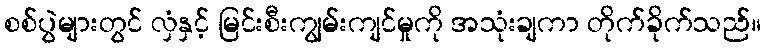
စစ်ပွဲများတွင် လှံနှင့် မြင်းစီးကျွမ်းကျင်မှုကို အသုံးချကာ တိုက်ခိုက်သည်။